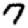
Digit: 7